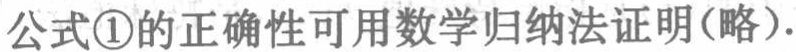
公式\textcircled{1}的正确性可用数学归纳法证明(略).